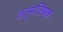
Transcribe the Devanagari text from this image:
अनुमतिष्क